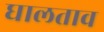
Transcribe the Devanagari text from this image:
घालताव